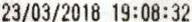
23/03/2018 19:08:32